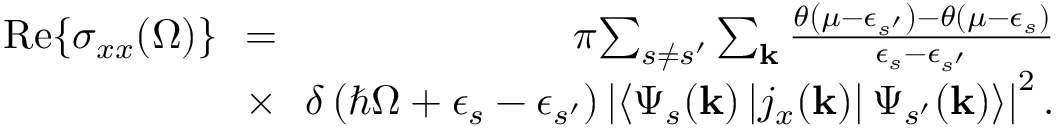
\begin{array} { r l r } { \mathrm { R e } { \left\{ \sigma _ { x x } ( \Omega ) \right\} } \! \! } & { = } & { \! \pi \! \sum _ { s \neq s ^ { \prime } } \sum _ { \mathbf { k } } \frac { \theta \left( \mu - \epsilon _ { s ^ { \prime } } \right) - \theta \left( \mu - \epsilon _ { s } \right) } { \epsilon _ { s } - \epsilon _ { s ^ { \prime } } } } \\ & { \times } & { \! \! \delta \left( \hbar \Omega + \epsilon _ { s } - \epsilon _ { s ^ { \prime } } \right) \left| \left\langle \Psi _ { s } ( \mathbf { k } ) \left| j _ { x } ( \mathbf { k } ) \right| \Psi _ { s ^ { \prime } } ( \mathbf { k } ) \right\rangle \right| ^ { 2 } . } \end{array}